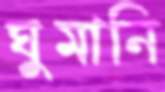
ঘুমানি